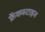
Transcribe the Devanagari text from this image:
फ्रेंकस्टाइन